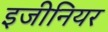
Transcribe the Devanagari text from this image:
इजीनियर